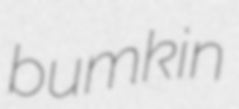
bumkin